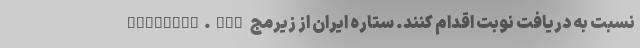
arehiran.com نسبت به دریافت نوبت اقدام کنند. ستاره ایران از زیرمج